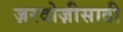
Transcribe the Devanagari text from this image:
ज़रदोज़ीसाठी